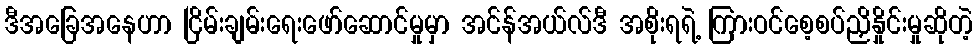
ဒီအခြေအနေဟာ ငြိမ်းချမ်းရေးဖော်ဆောင်မှုမှာ အင်န်အယ်လ်ဒီ အစိုးရရဲ့ ကြားဝင်စေ့စပ်ညှိနှိုင်းမှုဆိုတဲ့